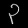
Digit: ၃